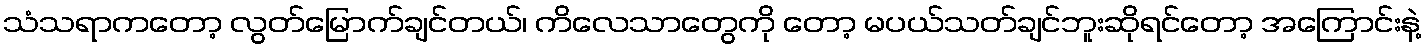
သံသရာကတော့ လွတ်မြောက်ချင်တယ်၊ ကိလေသာတွေကို တော့ မပယ်သတ်ချင်ဘူးဆိုရင်တော့ အကြောင်းနဲ့